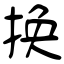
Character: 换